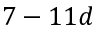
7 - 1 1 d